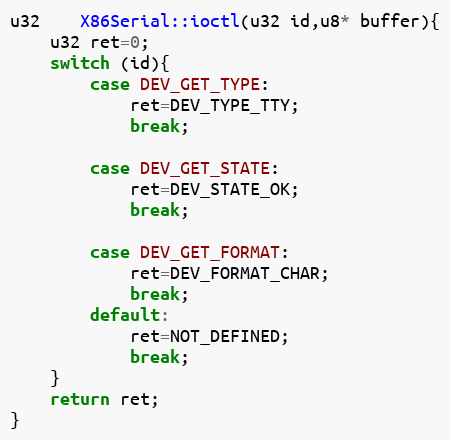
Language: C++
u32	X86Serial::ioctl(u32 id,u8* buffer){
	u32 ret=0;
	switch (id){
		case DEV_GET_TYPE:
			ret=DEV_TYPE_TTY;
			break;

		case DEV_GET_STATE:
			ret=DEV_STATE_OK;
			break;

		case DEV_GET_FORMAT:
			ret=DEV_FORMAT_CHAR;
			break;
		default:
			ret=NOT_DEFINED;
			break;
	}
	return ret;
}